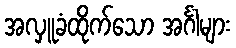
အလှူခံထိုက်သော အင်္ဂါများ